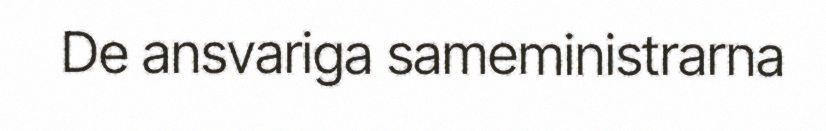
De ansvariga sameministrarna